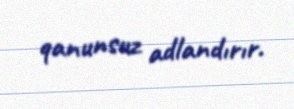
qanunsuz adlandırır.